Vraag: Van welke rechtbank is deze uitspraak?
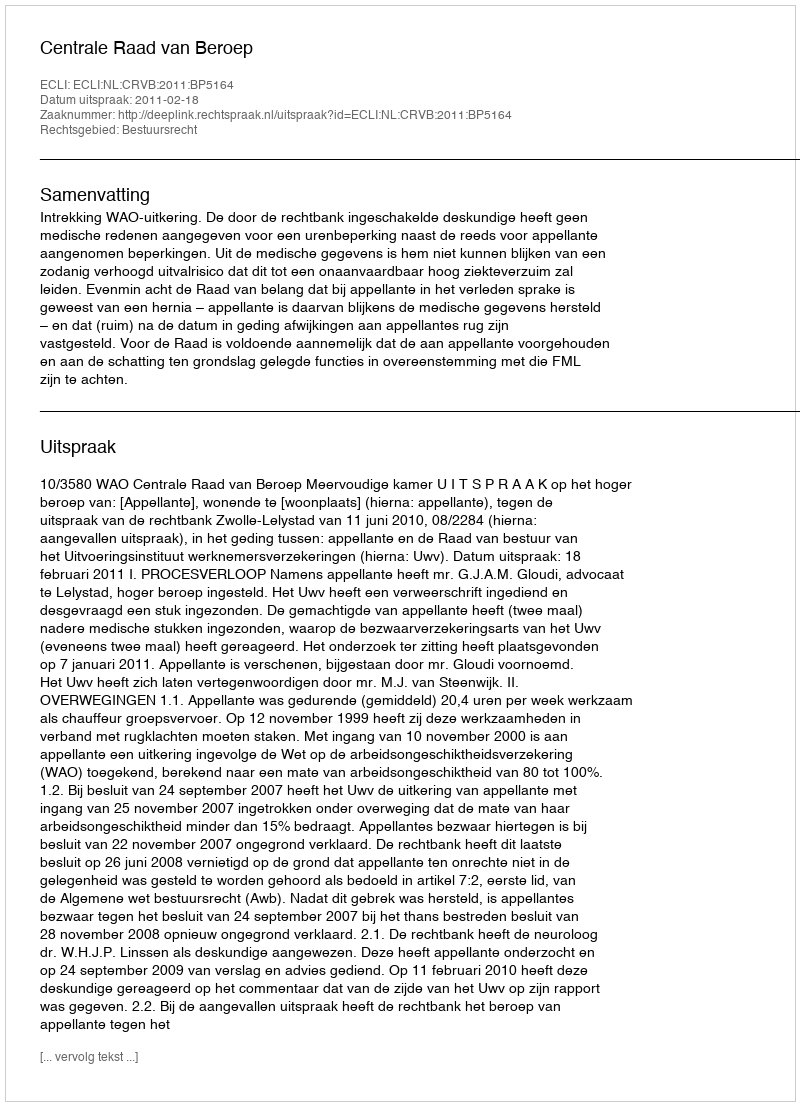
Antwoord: Centrale Raad van Beroep